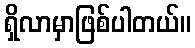
ရှိလာမှာဖြစ်ပါတယ်။